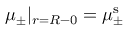
\mu _ { \pm } | _ { r = R - 0 } = \mu _ { \pm } ^ { \mathrm { s } }